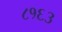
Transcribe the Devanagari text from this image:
८१६३